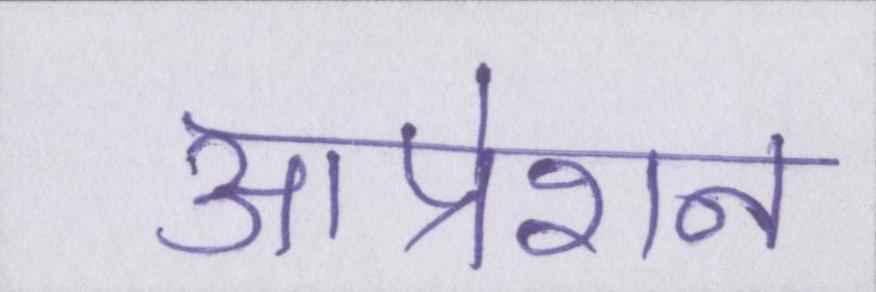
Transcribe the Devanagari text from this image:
आप्रेशन